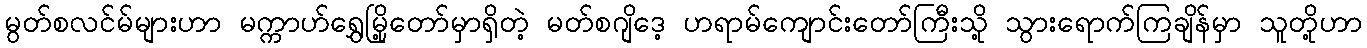
မွတ်စလင်မ်များဟာ မက္ကာဟ်ရွှေမြို့တော်မှာရှိတဲ့ မတ်စဂျိဒေ့ ဟရာမ်ကျောင်းတော်ကြီးသို့ သွားရောက်ကြချိန်မှာ သူတို့ဟာ